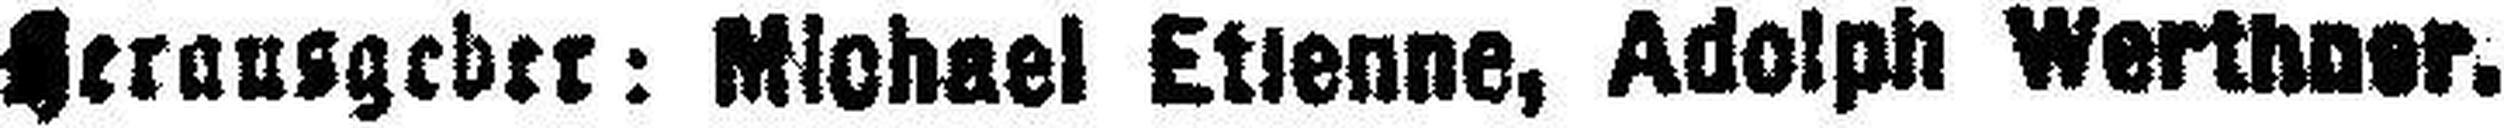
Herausgeber: Michael Etienne, Adolph Werthner.